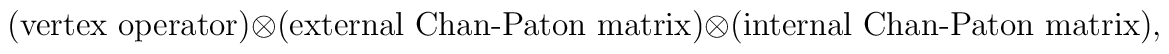
(\mbox{vertex operator})\otimes(\mbox{external Chan-Paton matrix})\otimes(\mbox{internal Chan-Paton matrix}),